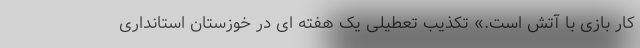
کار بازی با آتش است.» تکذیب تعطیلی یک هفته ای در خوزستان استانداری